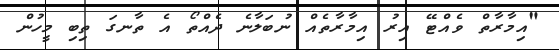
"އިމާރާތް ވެއްޓޭ އިރު އިމާރާތެއް ނުބަލާނެ ދެއްތޯ އެ ތާނގަ ތިބި މީހުން